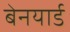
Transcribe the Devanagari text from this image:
बेनयार्ड